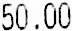
50.00